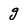
Character: g